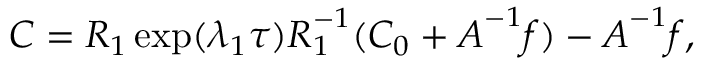
\boldsymbol { C } = \boldsymbol { R } _ { 1 } \exp ( \lambda _ { 1 } \tau ) \boldsymbol { R } _ { 1 } ^ { - 1 } ( \boldsymbol { C } _ { 0 } + \boldsymbol { A } ^ { - 1 } \boldsymbol { f } ) - \boldsymbol { A } ^ { - 1 } \boldsymbol { f } ,